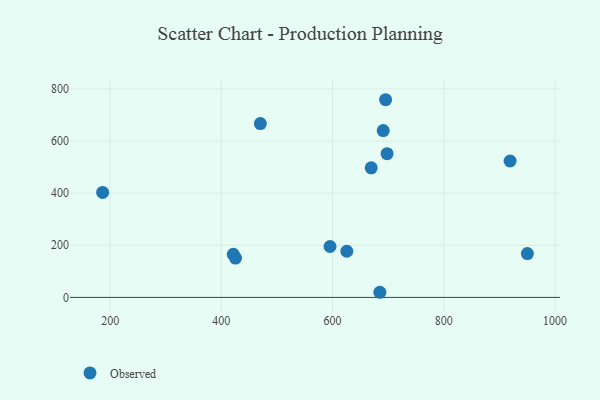
{"axis": {"x": "Experience", "y": "Demand"}, "legend": ["Observed"], "data": [{"x": "669.5", "y": 497.2, "type": "Observed"}, {"x": "695.4", "y": 758.3, "type": "Observed"}, {"x": "685.0", "y": 19.7, "type": "Observed"}, {"x": "421.5", "y": 165.2, "type": "Observed"}, {"x": "186.5", "y": 402.7, "type": "Observed"}, {"x": "950.3", "y": 168.3, "type": "Observed"}, {"x": "470.1", "y": 667.0, "type": "Observed"}, {"x": "625.6", "y": 177.1, "type": "Observed"}, {"x": "595.4", "y": 195.2, "type": "Observed"}, {"x": "919.2", "y": 523.3, "type": "Observed"}, {"x": "691.1", "y": 640.0, "type": "Observed"}, {"x": "425.4", "y": 150.9, "type": "Observed"}, {"x": "698.0", "y": 551.4, "type": "Observed"}]}